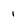
Character: 1